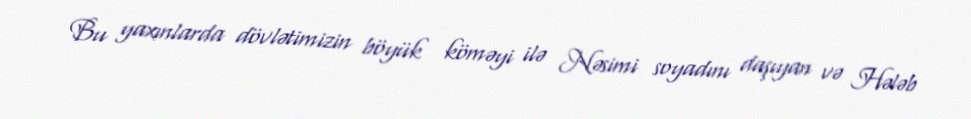
Bu yaxınlarda dövlətimizin böyük köməyi ilə Nəsimi soyadını daşıyan və Hələb